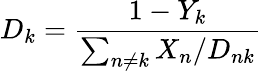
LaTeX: D_{k}=\frac{1-Y_{k}}{\sum_{n\neq k}X_{n}/D_{nk}}